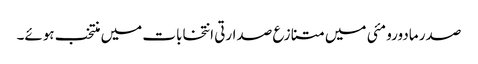
صدر مادورو مئی میں متنازع صدارتی انتخابات میں منتخب ہوئے۔